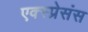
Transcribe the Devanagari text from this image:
एक्स्प्रेसंस